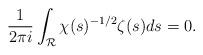
LaTeX: \begin{align*}\frac{1}{2 \pi i}\int_{\mathcal{R}}\chi(s)^{-1/2} \zeta(s)ds = 0. \end{align*}